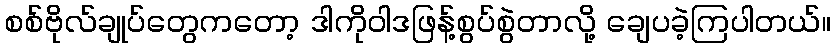
စစ်ဗိုလ်ချုပ်တွေကတော့ ဒါကိုဝါဒဖြန့်စွပ်စွဲတာလို့ ချေပခဲ့ကြပါတယ်။